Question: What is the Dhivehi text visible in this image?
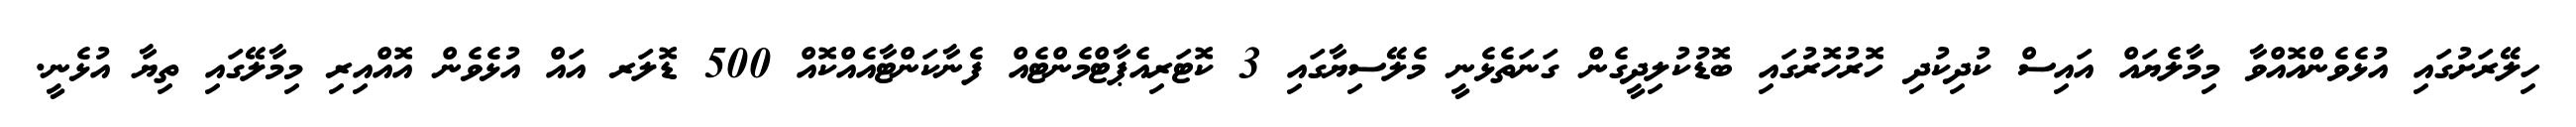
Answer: ހިލޭރަށުގައި އުޅެވެންއޮއްވާ މިމާލެޔައް އައިސް ކުދިކުދި ހޮރުހޮރުގައި ބޮޑުކުލިދީގެން ގަނަތެޅެނީ މެލޭސިޔާގައި 3 ކޮޓަރިއެޕާޓްމެންޓެއް ފެނާކަންޓާއެއްކޮއް 500 ޑޮލަރ އައް އުޅެވެން އޮއްއިރި މިމާލޭގައި ތިޔާ އުޅެނީ.